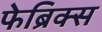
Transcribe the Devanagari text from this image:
फेब्रिक्स